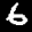
Label: 6